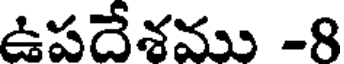
ఉపదేశము -8